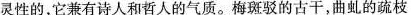
灵性的，它兼有诗人和哲人的气质。梅斑驳的古干，曲虬的疏枝